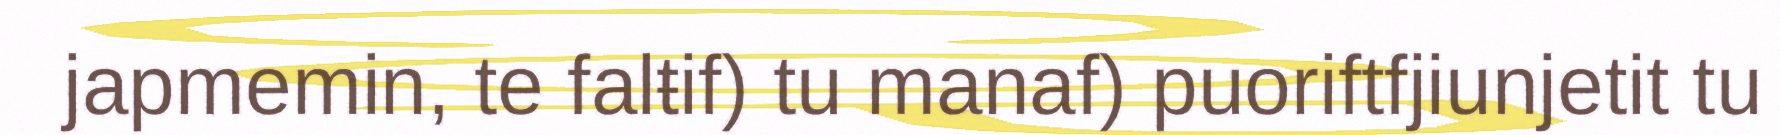
japmemin, te falŧif) tu manaf) puoriftfjiunjetit tu